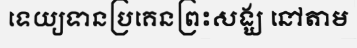
ទេយ្យទានប្រគេនព្រះសង្ឃ នៅតាម